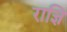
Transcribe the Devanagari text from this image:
राज्ञि